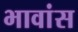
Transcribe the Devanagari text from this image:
भावांस